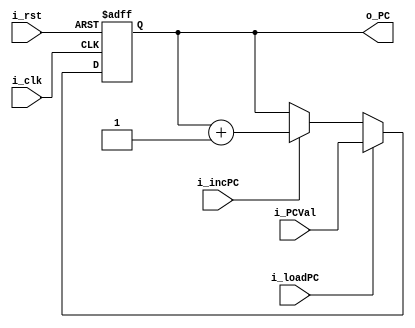
//? 12-bit Program Counter that supports increments and direct assignment.
module ProgramCounter (
    input             i_clk,     //? Clock (50 mHz)
    input             i_rst,
    input             i_loadPC,  //? Load PC control
    input             i_incPC,   //? Increment PC control
    input      [11:0] i_PCVal,   //? PC Load Value
    output reg [11:0] o_PC
);
    always @(posedge i_clk or posedge i_rst) begin
        if (i_rst == 1) begin
            o_PC <= 0;
        end else begin
            if (i_loadPC == 1) begin
                o_PC <= i_PCVal;
            end else if (i_incPC == 1) begin
                o_PC <= o_PC + 1;
            end
        end
    end
endmodule